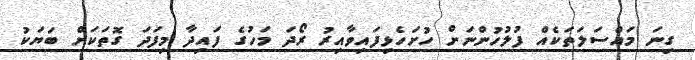
ގިނަ މައްސަލަތަކެއް ފުލުހުންނަށް ހުށަހެޅިފައިވާއިރު ރޯދަ މަހުގެ ފައިދާ މިފަދަ ގޮތަކަށް ބަޔަކު